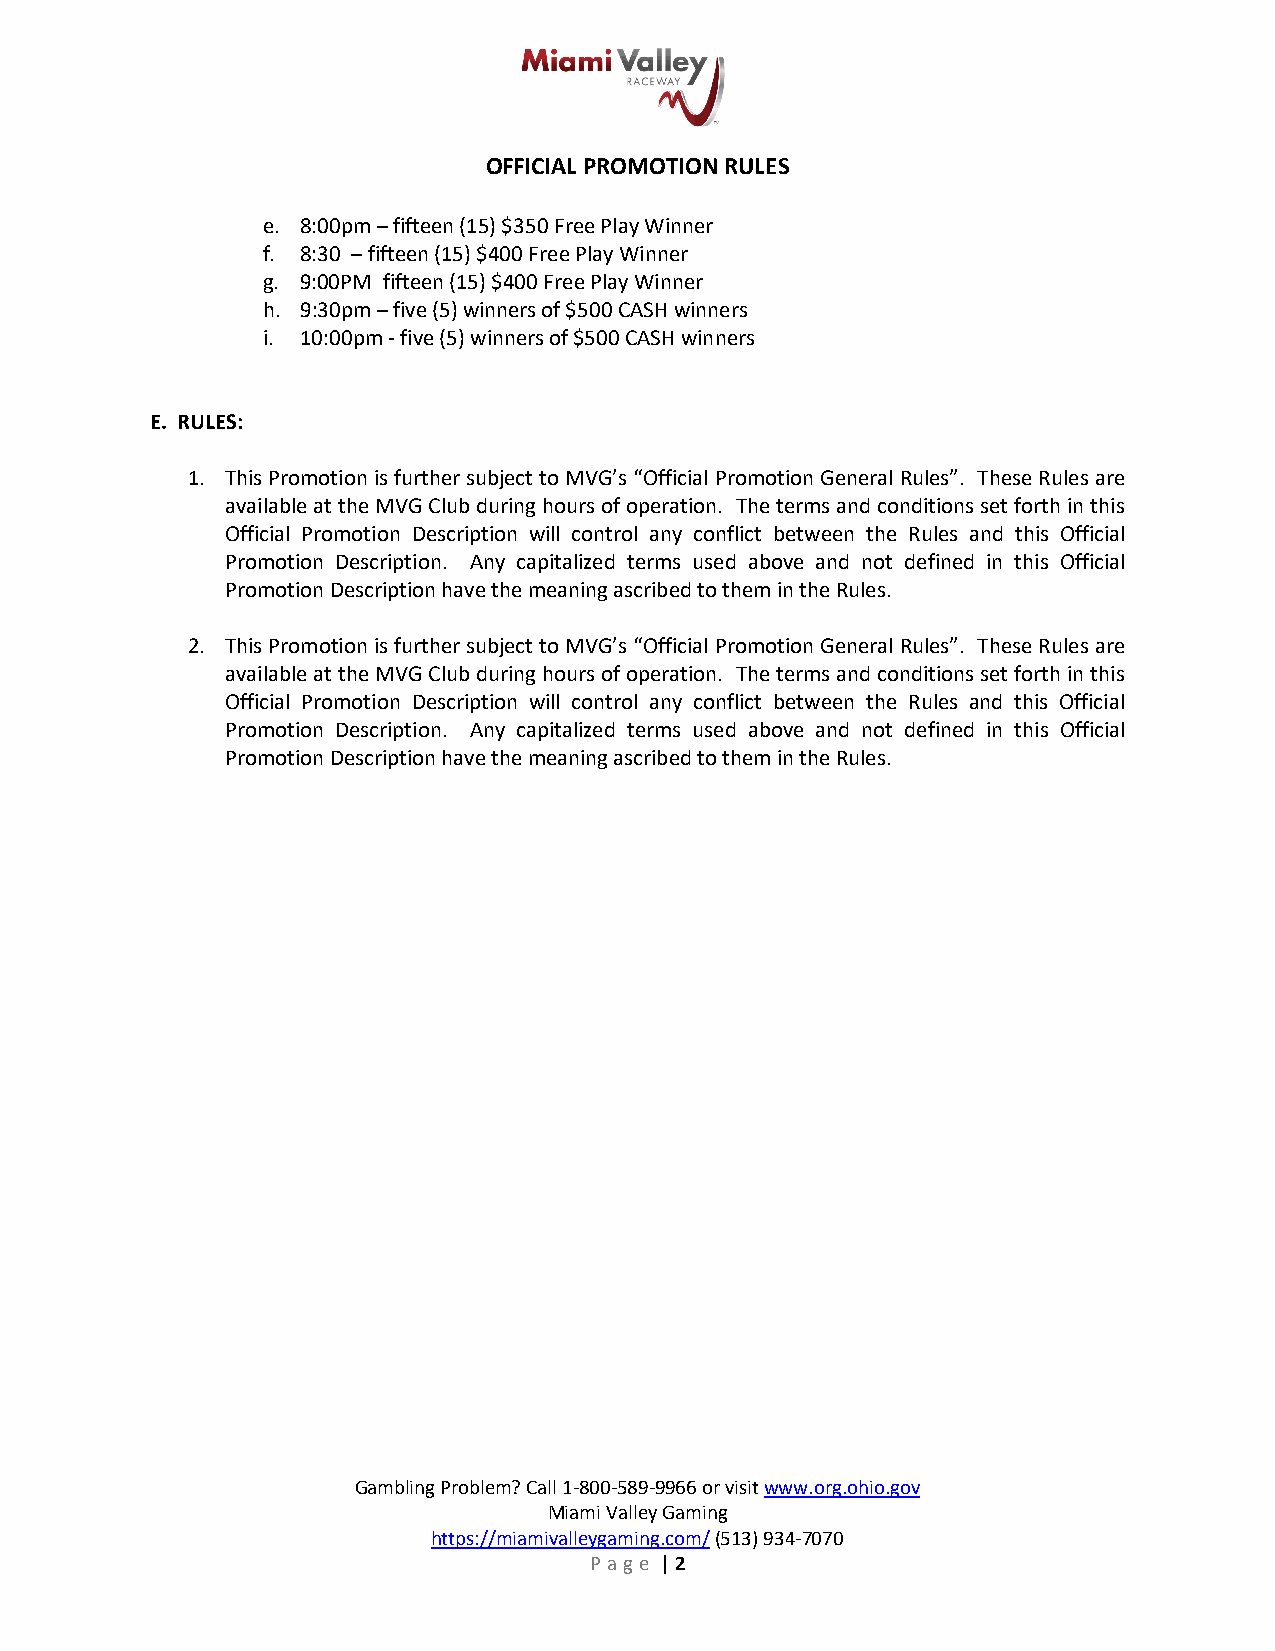
OFFICIAL PROMOTION RULES
 e. 8:00pm – fifteen (15) $350 Free Play Winner
 f. 8:30 – fifteen (15) $400 Free Play Winner
 g. 9:00PM fifteen (15) $400 Free Play Winner
 h. 9:30pm – five (5) winners of $500 CASH winners
 i. 10:00pm - five (5) winners of $500 CASH winners
 E. RULES:
 1. This Promotion is further subject to MVG’s “Official Promotion General Rules”. These Rules are
 available at the MVG Club during hours of operation. The terms and conditions set forth in this
 Official Promotion Description will control any conflict between the Rules and this Official
 Promotion Description. Any capitalized terms used above and not defined in this Official
 Promotion Description have the meaning ascribed to them in the Rules.
 2. This Promotion is further subject to MVG’s “Official Promotion General Rules”. These Rules are
 available at the MVG Club during hours of operation. The terms and conditions set forth in this
 Official Promotion Description will control any conflict between the Rules and this Official
 Promotion Description. Any capitalized terms used above and not defined in this Official
 Promotion Description have the meaning ascribed to them in the Rules.
 Gambling Problem? Call 1-800-589-9966 or visit www.org.ohio.gov
 Miami Valley Gaming
 https://miamivalleygaming.com/ (513) 934-7070
 Page | 2